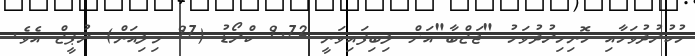
ހުކުރުދުވަހާއި ހޮނިހިރުދުވަހު "ޖަޒްބާ"އަށް ލިބިފައިވަނީ 9.72 ކްރޯޑު (97 މިލިއަން) ރުޕީޒް އެވެ.